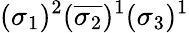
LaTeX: (\sigma_{1})^{2}(\overline{{\sigma_{2}}})^{1}(\sigma_{3})^{1}